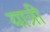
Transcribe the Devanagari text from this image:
यात्री